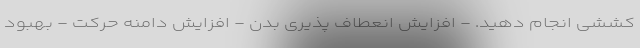
کششی انجام دهید. - افزایش انعطاف پذیری بدن - افزایش دامنه حرکت - بهبود